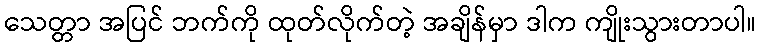
သေတ္တာ အပြင် ဘက်ကို ထုတ်လိုက်တဲ့ အချိန်မှာ ဒါက ကျိုးသွားတာပါ။